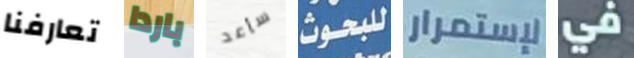
تعارفنا باردا سأعد للبحوث لإستمرار في